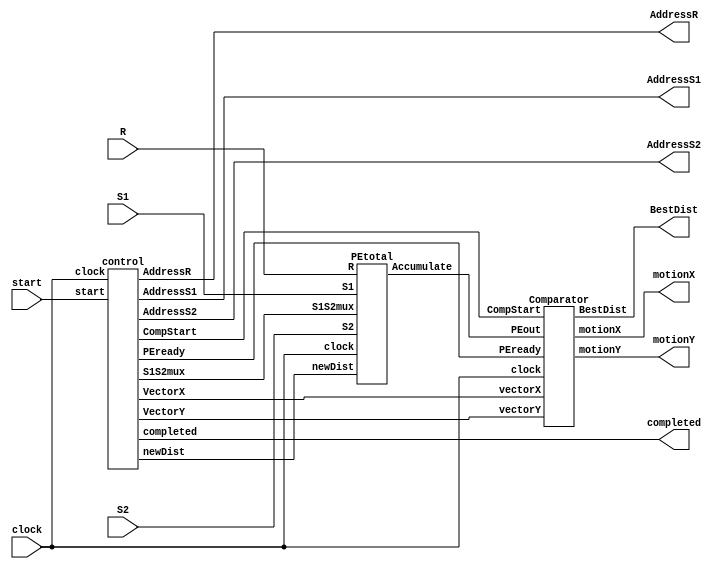

/* Module For Top Level Hierarchy */
module top (clock, start, BestDist, motionX, motionY, AddressR, AddressS1, AddressS2, R, S1, S2, completed);
	input clock;
	input start;
	output [7:0] BestDist;
	output [3:0] motionX, motionY;
	output completed;

	wire clock;
	wire start;
	wire [7:0] BestDist;
	wire [3:0] motionX, motionY;

	input [7:0] R, S1, S2;
	output [7:0] AddressR;
	output [9:0] AddressS1, AddressS2;

	wire [15:0] S1S2mux, newDist, PEready;
	wire CompStart;
	wire [3:0] VectorX, VectorY;
	wire [127:0] Accumulate;
	wire [7:0] Rpipe;

	control ctl_u(clock, start, S1S2mux, newDist, CompStart, PEready, VectorX, VectorY, AddressR, AddressS1, AddressS2, completed);

	PEtotal pe_u(clock, R, S1, S2, S1S2mux, newDist, Accumulate);

	Comparator comp_u(clock, CompStart, Accumulate, PEready, VectorX, VectorY, BestDist, motionX, motionY);
endmodule

/* Module For Processing Element (PE) */
module PE (clock, R, S1, S2, S1S2mux, newDist, Accumulate, Rpipe);
	input clock;
	input [7:0] R, S1, S2; // memory inputs
	input S1S2mux, newDist; // control input
	output [7:0] Accumulate, Rpipe;
	reg [7:0] Accumulate, AccumulateIn, difference, difference_temp, Rpipe;
	reg Carry;

	always @(posedge clock) Rpipe <= R;
	always @(posedge clock) Accumulate <= AccumulateIn;

	always @(R or S1 or S2 or S1S2mux or newDist or Accumulate)
	    begin 
		difference = R -(S1S2mux? S1:S2);
		difference_temp = - difference;
		if (difference<0) 
		 begin
			 difference = difference_temp;  
		 end
		{Carry,AccumulateIn} = Accumulate + difference;
		if (Carry == 1) AccumulateIn = 8'hFF; // saturated
		if (newDist == 1) AccumulateIn = difference;
	    end
endmodule

/* Module For The Last Processing Element (PEend) */
module PEend (clock, R, S1, S2, S1S2mux, newDist, Accumulate);
	input clock;
	input [7:0] R, S1, S2; // memory inputs
	input S1S2mux, newDist; // control input
	output [7:0] Accumulate;
	reg [7:0] Accumulate, AccumulateIn, difference, difference_temp;
	reg Carry;

	always @(posedge clock) Accumulate <= AccumulateIn;

	always @(R or S1 or S2 or S1S2mux or newDist or Accumulate)
	    begin 
			difference = R -(S1S2mux? S1:S2);
		difference_temp = - difference;
		if (difference<0) 
		 begin
			 difference = difference_temp;  
		 end
		{Carry,AccumulateIn} = Accumulate + difference;
		if (Carry == 1) AccumulateIn = 8'hFF; // saturated
		if (newDist == 1) AccumulateIn = difference;
	    end
endmodule

/* Module For Control Unit */
module control (clock, start, S1S2mux, newDist, CompStart, PEready, VectorX, VectorY, AddressR, AddressS1, AddressS2, completed);
	input clock;
	input start; // = 1 when going
	output [15:0] S1S2mux, newDist, PEready;
	output CompStart;
	output [3:0] VectorX, VectorY;
	output [7:0] AddressR;
	output [9:0] AddressS1, AddressS2;
	output reg completed;

	parameter count_complete = 16*(16*16) + 15; //4111

	reg [15:0] S1S2mux, newDist, PEready;
	reg CompStart;
	reg [3:0] VectorX, VectorY;
	reg [7:0] AddressR;
	reg [9:0] AddressS1, AddressS2;
	reg  [12:0] count, count_temp;
	integer i;

	reg [11:0]  temp;
	always @ (posedge clock)
	  begin
		  if (start == 0) count <= 12'b0;
		  else if (completed == 0) count <= count_temp;
	  end
	  
	always @ (count)
	    begin
	      count_temp = count + 1'b1;
	      for (i=0; i<16; i= i+1)
		begin
		   newDist[i] = (count[7:0] == i);	
		   PEready[i] = (newDist[i] && !(count < 256));	
		   S1S2mux[i] = (count[3:0] >= i);
		   CompStart  = (!(count < 256));

		   
		end

		AddressR = count[7:0];
		AddressS1 = (count[11:8] + count[7:4])*32 + count[3:0];

		temp = count[11:0]-16;
		AddressS2 = (temp[11:8] + temp[7:4])*32 + temp[3:0] + 16;

		VectorX = count[3:0] - 8; 
		VectorY = count[11:8] - 9;

		completed = (count[12:0] == count_complete); //4111
	    end
endmodule

/* Module For Comparator Unit */
module Comparator (clock, CompStart, PEout, PEready, vectorX, vectorY, BestDist, motionX, motionY);
	input clock;
	input CompStart; // goes high when distortion calculation start
	input [8*16-1:0] PEout; // outputs of PEs as one long vector
	input [15:0] PEready; // goes high when that PE has a new distortion
	input [3:0] vectorX, vectorY; // motion vector being evaluated
	output [7:0] BestDist; // best distortion vector so far
	output [3:0] motionX, motionY; // best motion vector so far
	reg [7:0] BestDist, newDist;
	reg [3:0] motionX, motionY;
	reg newBest;
	integer n;

	always @ (posedge clock)
	  if (CompStart == 0) BestDist <= 8'hFF; // initialize to highest value
	  else if (newBest == 1)
	    begin
	      BestDist <= newDist;
	      motionX <= vectorX;
	      motionY <= vectorY;
	    end

	always @ (BestDist or PEout or PEready or CompStart)
	  begin
	    newDist = 8'hFF;
	   
	    for (n = 0; n <= 15; n = n+1)
		begin
		      if (PEready[n] == 1) 
			case (n) 
			  4'b0000: newDist = PEout[7:0];
			  4'b0001: newDist = PEout[15:8]; 
			  4'b0010: newDist = PEout[23:16]; 
			  4'b0011: newDist = PEout[31:24];
			  4'b0100: newDist = PEout[39:32]; 
			  4'b0101: newDist = PEout[47:40]; 
			  4'b0110: newDist = PEout[55:48]; 
			  4'b0111: newDist = PEout[63:56]; 
			  4'b1000: newDist = PEout[71:64]; 
			  4'b1001: newDist = PEout[79:72]; 
			  4'b1010: newDist = PEout[87:80]; 
			  4'b1011: newDist = PEout[95:88]; 
			  4'b1100: newDist = PEout[103:96]; 
			  4'b1101: newDist = PEout[111:104]; 
			  4'b1110: newDist = PEout[119:112]; 
			  4'b1111: newDist = PEout[127:120];
			  default: newDist = 8'hFF;  
			endcase
	     end

	    if ((|PEready == 0) || (CompStart == 0)) newBest = 0; // no PE is ready
	    else if (newDist < BestDist) newBest = 1;
	    else newBest = 0;

	  end
endmodule

/* Module For Total 16 Processing Elements (PEtotal)*/
module PEtotal (clock, R, S1, S2, S1S2mux, newDist, Accumulate);
	input clock;
	input [7:0] R, S1, S2; // memory inputs
	input [15:0] S1S2mux, newDist; // control input
	output [127:0] Accumulate;

	wire [7:0] Rpipe0, Rpipe1, Rpipe2, Rpipe3, Rpipe4, Rpipe5, Rpipe6, Rpipe7, Rpipe8, Rpipe9, Rpipe10, Rpipe11, Rpipe12, Rpipe13, Rpipe14;

	PE pe0 (clock, R, S1, S2, S1S2mux[0], newDist[0], Accumulate[7:0], Rpipe0);

	PE pe1 (clock, Rpipe0, S1, S2, S1S2mux[1], newDist[1], Accumulate[15:8], Rpipe1);

	PE pe2 (clock, Rpipe1, S1, S2, S1S2mux[2], newDist[2], Accumulate[23:16], Rpipe2);

	PE pe3 (clock, Rpipe2, S1, S2, S1S2mux[3], newDist[3], Accumulate[31:24], Rpipe3);

	PE pe4 (clock, Rpipe3, S1, S2, S1S2mux[4], newDist[4], Accumulate[39:32], Rpipe4);

	PE pe5 (clock, Rpipe4, S1, S2, S1S2mux[5], newDist[5], Accumulate[47:40], Rpipe5);

	PE pe6 (clock, Rpipe5, S1, S2, S1S2mux[6], newDist[6], Accumulate[55:48], Rpipe6);

	PE pe7 (clock, Rpipe6, S1, S2, S1S2mux[7], newDist[7], Accumulate[63:56], Rpipe7);

	PE pe8 (clock, Rpipe7, S1, S2, S1S2mux[8], newDist[8], Accumulate[71:64], Rpipe8);

	PE pe9 (clock, Rpipe8, S1, S2, S1S2mux[9], newDist[9], Accumulate[79:72], Rpipe9);

	PE pe10 (clock, Rpipe9, S1, S2, S1S2mux[10], newDist[10], Accumulate[87:80], Rpipe10);

	PE pe11 (clock, Rpipe10, S1, S2, S1S2mux[11], newDist[11], Accumulate[95:88], Rpipe11);

	PE pe12 (clock, Rpipe11, S1, S2, S1S2mux[12], newDist[12], Accumulate[103:96], Rpipe12);

	PE pe13 (clock, Rpipe12, S1, S2, S1S2mux[13], newDist[13], Accumulate[111:104], Rpipe13);

	PE pe14 (clock, Rpipe13, S1, S2, S1S2mux[14], newDist[14], Accumulate[119:112], Rpipe14);

	PEend pe15 (clock, Rpipe14, S1, S2, S1S2mux[15], newDist[15], Accumulate[127:120]);

endmodule


/* Module For Reference Block (Memory) */
module ROM_R (clock, AddressR, R);
	input clock;
	input [7:0] AddressR;
	output [7:0] R;
	
	reg [7:0] R;
	reg [7:0] Rmem[0:255];
    

	//always @(posedge clock) R <= Rmem[AddressR];
	always @(*)
	begin
	 R = Rmem[AddressR];
	end

endmodule

/* Module For Search Block (Memory) */
module ROM_S (clock, AddressS1, AddressS2, S1, S2);
	input clock;
	input	[9:0]	AddressS1, AddressS2;
	output	[7:0]	S1, S2;

	reg	[7:0]	S1, S2;
	reg	[7:0]	Smem[0:1023];
	wire[7:0] i;
        
	/*always @(posedge clock) 
	 begin
		S1 <= Smem[AddressS1];
		S2 <= Smem[AddressS2];
	 end*/

	always @(*) 
	 begin
		S1 = Smem[AddressS1];
		S2 = Smem[AddressS2];
	 end

endmodule